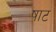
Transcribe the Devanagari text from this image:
षाट